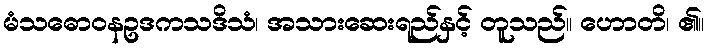
မံသဓောဝနဥဒကသဒိသံ၊ အသားဆေးရည်နှင့် တူသည်။ ဟောတိ၊ ၏။